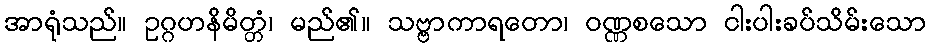
အာရုံသည်။ ဥဂ္ဂဟနိမိတ္တံ၊ မည်၏။ သဗ္ဗာကာရတော၊ ဝဏ္ဏစသော ငါးပါးခပ်သိမ်းသော